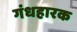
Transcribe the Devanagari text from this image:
गंधहारक